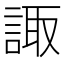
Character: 諏